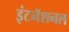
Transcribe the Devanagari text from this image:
इंटनॅशनल